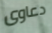
دعاوى